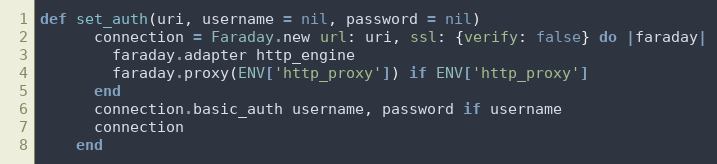
Language: Ruby
def set_auth(uri, username = nil, password = nil)
      connection = Faraday.new url: uri, ssl: {verify: false} do |faraday|
        faraday.adapter http_engine
        faraday.proxy(ENV['http_proxy']) if ENV['http_proxy']
      end
      connection.basic_auth username, password if username
      connection
    end